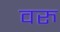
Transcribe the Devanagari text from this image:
वरु